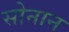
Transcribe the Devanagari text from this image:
सोनान